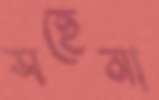
সহেনা